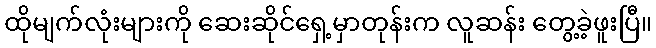
ထိုမျက်လုံးများကို ဆေးဆိုင်ရှေ့မှာတုန်းက လူဆန်း တွေ့ခဲ့ဖူးပြီ။